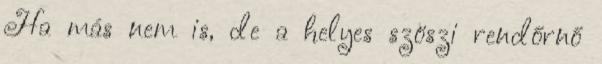
Ha más nem is, de a helyes szöszi rendőrnő